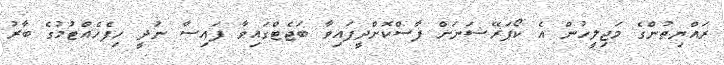
ރައްޔިތުންގެ މަޖިލީހުން އެ ކޯޕަރޭޝަނަށް ފާސްކޮށްދީފައިވާ ބަޖެޓްގައިވާ ފައިސާ ނުދީ ހިފެހެއްޓުމުގެ ބާރު